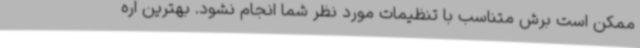
ممکن است برش متناسب با تنظیمات مورد نظر شما انجام نشود. بهترین اره